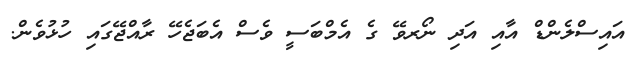
އައިސްލެންޑް އާއި އަދި ނޯރވޭ ގެ އެމްބަސީ ވެސް އެބަޖެހޭ ރާއްޖޭގައި ހުޅުވެން.